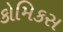
કોમિકસ